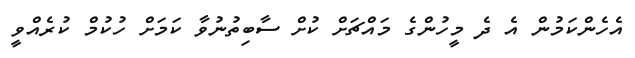
އެހެންކަމުން އެ ދެ މީހުންގެ މައްޗަށް ކުށް ސާބިތުނުވާ ކަމަށް ހުކުމް ކުރެއްވީ